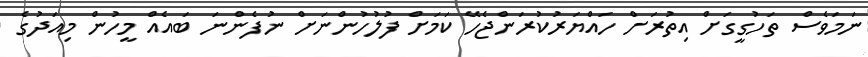
ނަމަވެސް ތަހުގީގަށް އިތުރަށް ހައްޔަރުކުރަންޖެހޭ ކަމަށް ފުލުހުންނަށް ނުފެންނަ ބައެއް މީހުން މިއަދުގެ